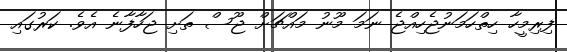
ފިރިމީހާ ހިތްހަމަނުޖެހިއްޖެ ނަމަ މޫނު މައްޗަށް ޖޫސް ތަށި ޖަހާފާނެ އެވެ. ކަރުގައި